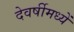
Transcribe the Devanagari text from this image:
देवर्षीमध्यें